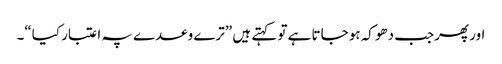
اور پھرجب دھوکہ ہو جاتا ہے تو کہتے ہیں ”ترے وعدے پہ اعتبار کیا“۔